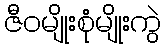
ဇီဝမျိုးစုံမျိုးကွဲ